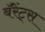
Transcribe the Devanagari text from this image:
बॅरेंट्‌स